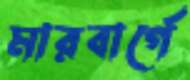
মারবার্গে